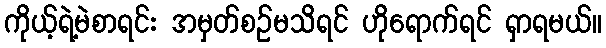
ကိုယ့်ရဲ့မဲစာရင်း အမှတ်စဉ်မသိရင် ဟိုရောက်ရင် ရှာရမယ်။